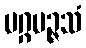
မဂ္ဂမဉ္ဇသံ